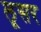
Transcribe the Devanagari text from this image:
लूसर